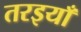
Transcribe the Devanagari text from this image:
तरइयाँ